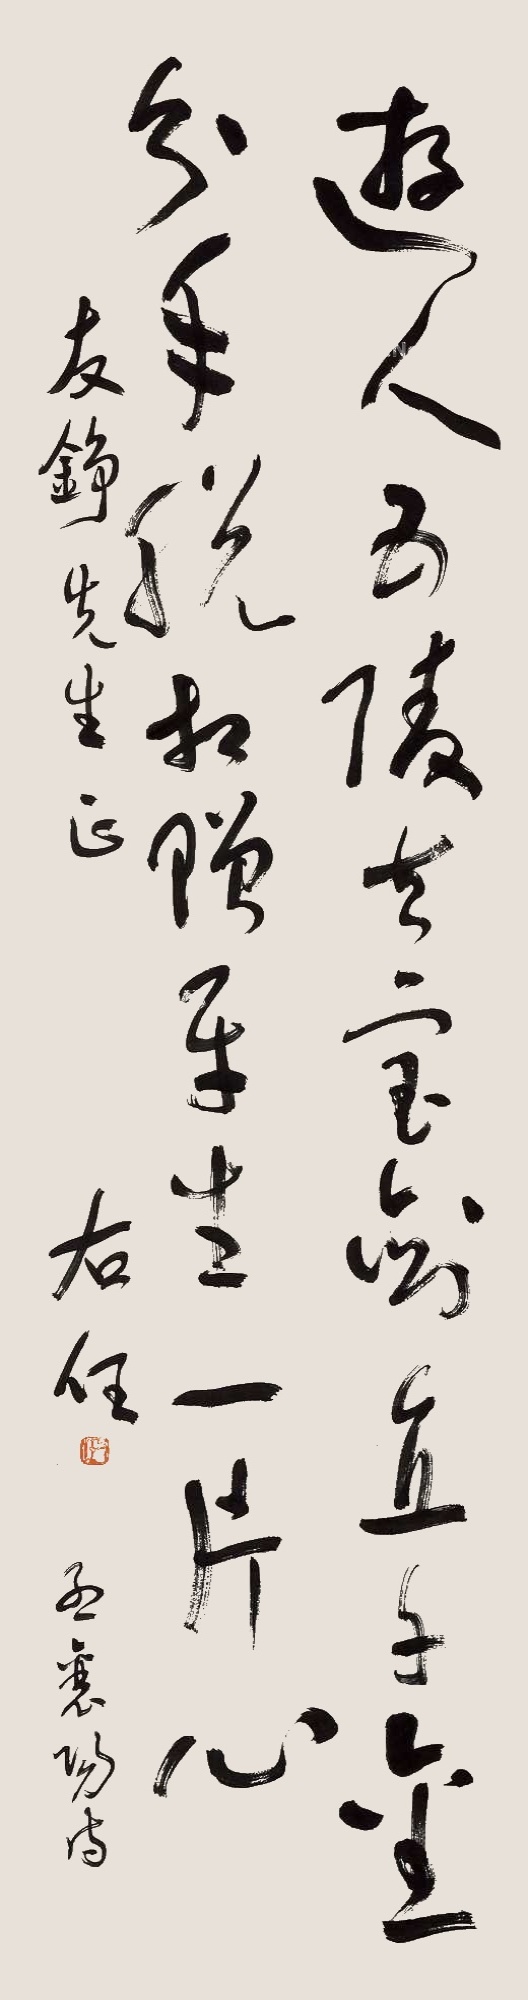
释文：游人五陵去，宝剑值千金。分手脱相赠，平生一片心。友铮先生正，孟襄阳诗，右任。